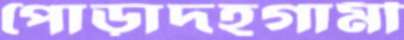
পোড়াদহগামী